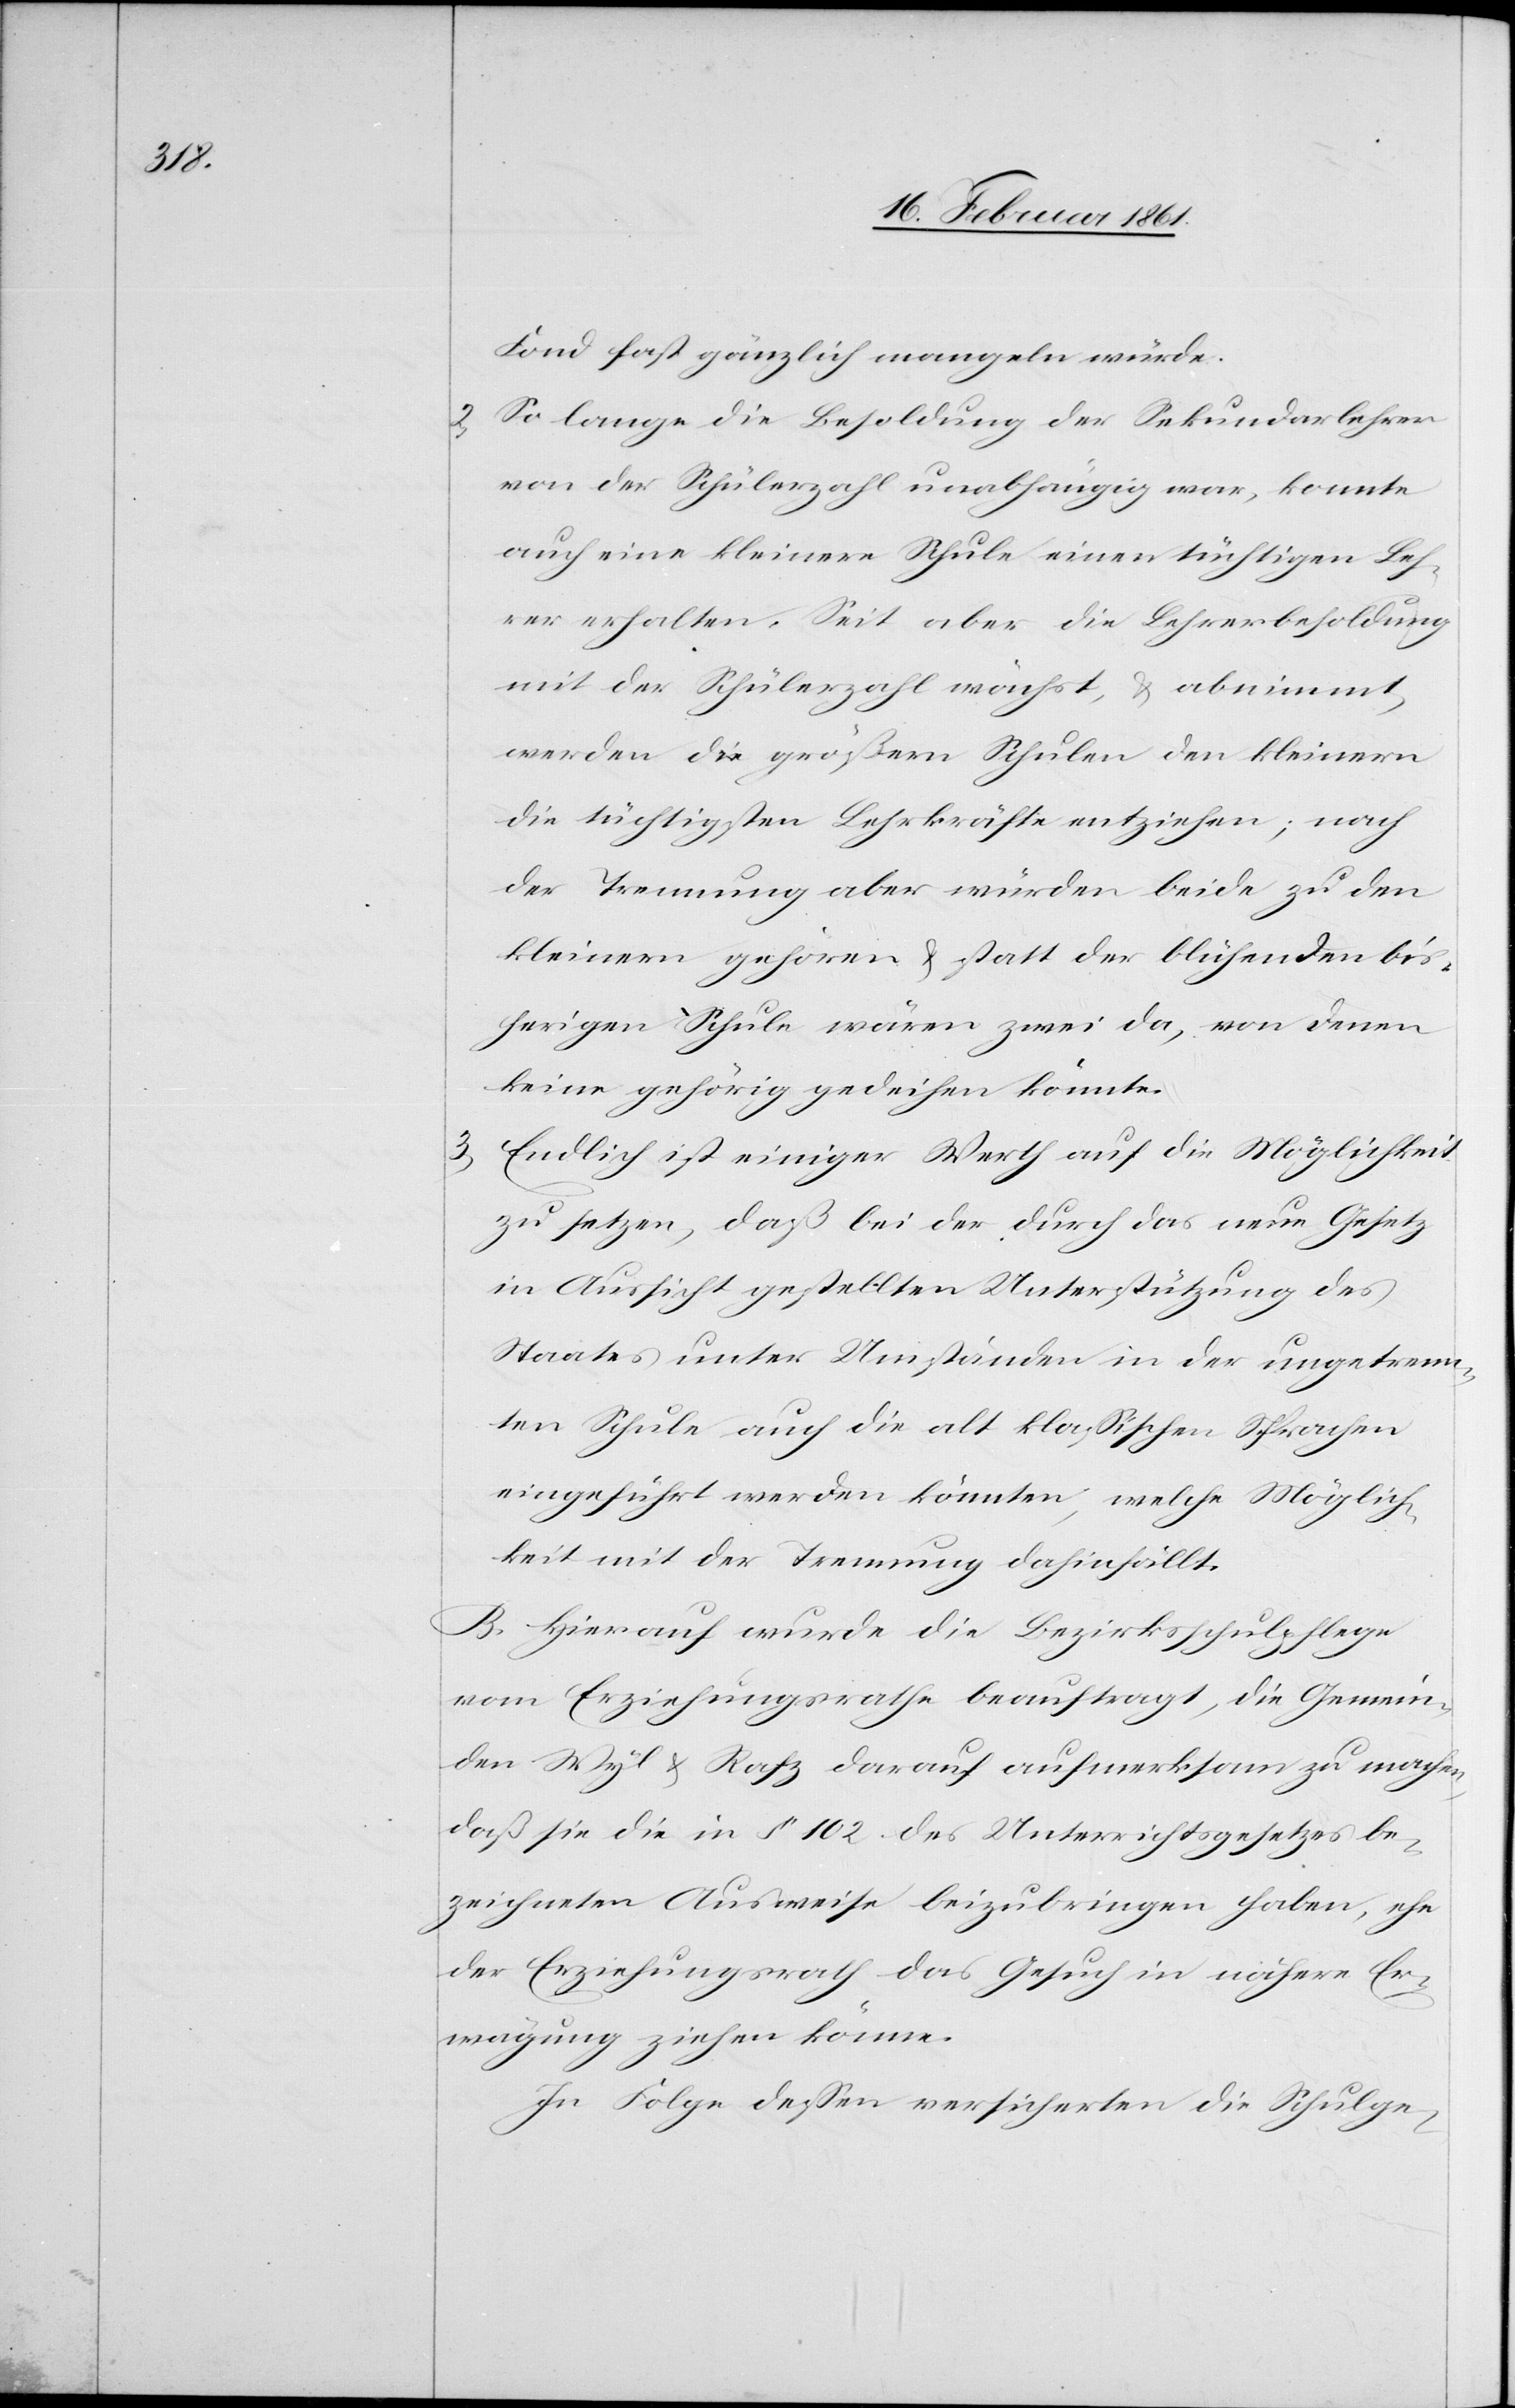
Fond fast gänzlich mangeln würde.
So lange die Besoldung der Sekundarlehrer
von der Schülerzahl unabhängig war, konnte
auch eine kleinere Schule einen tüchtigen Leh¬
rer erhalten. Seit aber die Lehrerbesoldung
mit der Schülerzahl wächst, u. abnimmt,
werden die größern Schulen den kleinern
die tüchtigsten Lehrkräfte entziehen; nach
der Trennung aber würden beide zu den
kleinern gehören u. statt der blühenden bis¬
herigen Schule wären zwei da, von denen
keine gehörig gedeihen könnte.
3) Endlich ist einiger Werth auf die Möglichkeit
zu setzen, daß bei der durch das neue Gesetz
in Aussicht gestellten Unterstützung des
Staates unter Umständen in der ungetrenn¬
ten Schule auch die alt klassischen Sprachen
eingeführt werden könnten, welche Möglich¬
keit mit der Trennung dahinfällt.
B. Hierauf wurde die Bezirksschulpflege
vom Erziehungsrathe beauftragt, die Gemein¬
den Wyl u. Rafz darauf aufmerksam zu machen,
daß sie die in § 102 des Unterrichtsgesetzes be¬
zeichneten Ausweise beizubringen haben, ehe
der Erziehungsrath das Gesuch in nähere Er¬
wägung ziehen könne.
In Folge dessen versicherten die Schulge-